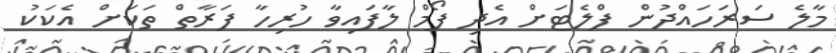
މާލެ ސަރަހައްދުން ފްލެޓަށް އެދި ފޯމް ލާފައިވާ ހުރިހާ ފަރާތް ތަކަށް އެކަކު